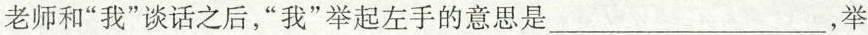
老师和“我”谈话之后，“我”举起左手的意思是___，举